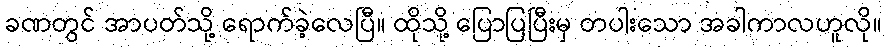
ခဏတွင် အာပတ်သို့ ရောက်ခဲ့လေပြီ။ ထိုသို့ ပြောပြပြီးမှ တပါးသော အခါကာလဟူလို။